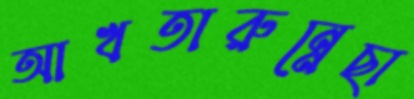
আখতারুন্নেছা